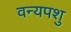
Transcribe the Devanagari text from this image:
वन्यपशु